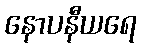
နောပနီယရေ